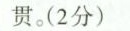
贯。（2分）